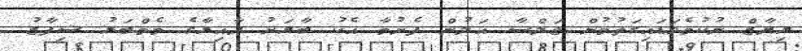
ރިޔާޒް ނުކުމެވަޑައިގަތުމުން ޖަލްސާ އަލުން ފެށުމާ އެކު ބާރަށު ދާއިރާގެ މެމްބަރު ޝިފާޒު